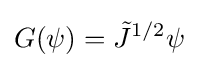
G(\psi )={\tilde {J}}^{1/2}\psi